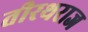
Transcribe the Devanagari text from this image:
तीरथराज